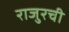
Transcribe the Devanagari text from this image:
राजुरची